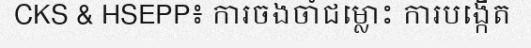
CKS & HSEPP៖ ការចងចាំជម្លោះ ការបង្កើត